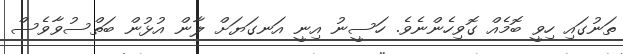
ތަނުގައި ހިވީ ބޮމެއް ގޮވިހެންނެވެ. ހަސީނު އިނީ އަނގަޔަށް ލާން އުޅުން ބަތްސުވާވެސް